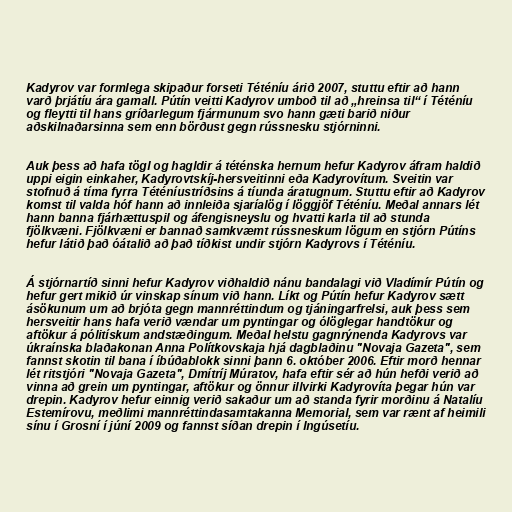
Kadyrov var formlega skipaður forseti Téténíu árið 2007, stuttu eftir að hann
varð þrjátíu ára gamall. Pútín veitti Kadyrov umboð til að „hreinsa til“ í Téténíu
og fleytti til hans gríðarlegum fjármunum svo hann gæti barið niður
aðskilnaðarsinna sem enn börðust gegn rússnesku stjórninni.

Auk þess að hafa tögl og hagldir á téténska hernum hefur Kadyrov áfram haldið
uppi eigin einkaher, Kadyrovtskíj-hersveitinni eða Kadyrovítum. Sveitin var
stofnuð á tíma fyrra Téténíustríðsins á tíunda áratugnum. Stuttu eftir að Kadyrov
komst til valda hóf hann að innleiða sjaríalög í löggjöf Téténíu. Meðal annars lét
hann banna fjárhættuspil og áfengisneyslu og hvatti karla til að stunda
fjölkvæni. Fjölkvæni er bannað samkvæmt rússneskum lögum en stjórn Pútíns
hefur látið það óátalið að það tíðkist undir stjórn Kadyrovs í Téténíu.

Á stjórnartíð sinni hefur Kadyrov viðhaldið nánu bandalagi við Vladímír Pútín og
hefur gert mikið úr vinskap sínum við hann. Líkt og Pútín hefur Kadyrov sætt
ásökunum um að brjóta gegn mannréttindum og tjáningarfrelsi, auk þess sem
hersveitir hans hafa verið vændar um pyntingar og ólöglegar handtökur og
aftökur á pólitískum andstæðingum. Meðal helstu gagnrýnenda Kadyrovs var
úkraínska blaðakonan Anna Polítkovskaja hjá dagblaðinu "Novaja Gazeta", sem
fannst skotin til bana í íbúðablokk sinni þann 6. október 2006. Eftir morð hennar
lét ritstjóri "Novaja Gazeta", Dmítríj Múratov, hafa eftir sér að hún hefði verið að
vinna að grein um pyntingar, aftökur og önnur illvirki Kadyrovíta þegar hún var
drepin. Kadyrov hefur einnig verið sakaður um að standa fyrir morðinu á Natalíu
Estemírovu, meðlimi mannréttindasamtakanna Memorial, sem var rænt af heimili
sínu í Grosní í júní 2009 og fannst síðan drepin í Ingúsetíu.